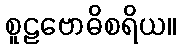
စူဠဗောဓိစရိယ။